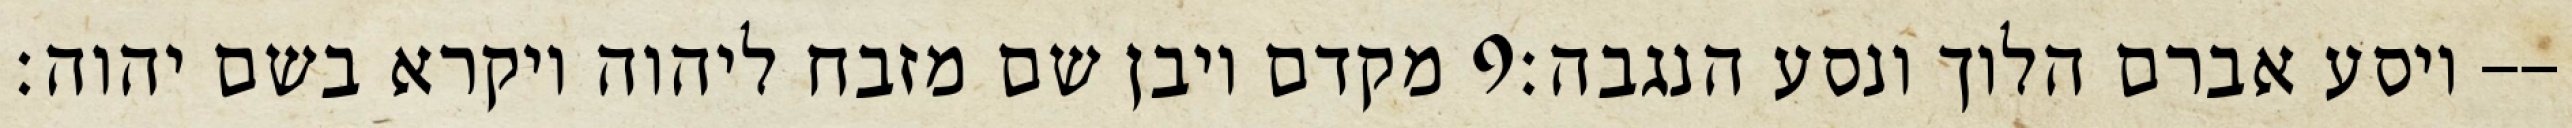
מקדם ויבן שם מזבח ליהוה ויקרא בשם יהוה׃ ‎9‏ ויסע אברם הלוך ונסע הנגבה׃--